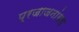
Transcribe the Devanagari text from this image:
प्रजाजनांसह